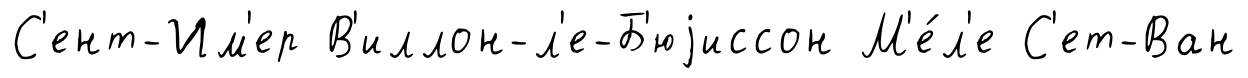
С'ент-Им'ер В'иллон-л'е-Б'юjиссон М'е́л'е С'ет-Ван